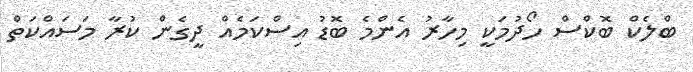
ބްލެކް ބޮކްސް ހޯދުމަކީ މިހާރު އެންމެ ބޮޑު އިސްކަމެއް ދީގެން ކުރާ މަސައްކަތް